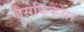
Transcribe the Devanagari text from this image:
जैसेकिकैंसर